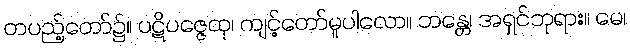
တပည့်တော်၌။ ပဋိပဇ္ဇေထု၊ ကျင့်တော်မူပါလော။ ဘန္တေ၊ အရှင်ဘုရား။ မေ၊